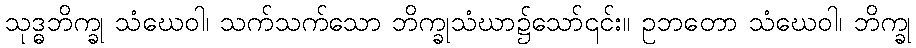
သုဒ္ဓဘိက္ခု သံဃေဝါ၊ သက်သက်သော ဘိက္ခုသံဃာ၌သော်၎င်း။ ဥဘတော သံဃေဝါ၊ ဘိက္ခု